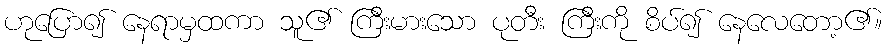
ဟုပြော၍ နေရာမှထကာ သူ၏ ကြီးမားသော ပုတီး ကြီးကို စိပ်၍ နေလေတော့၏။